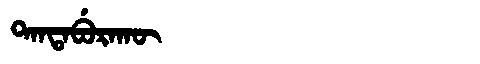
Manchu: ᡨᠠᠨᡨᠠᠪᡠᡵᠠᡴᡡ
Romanization: TANTABURAKŪ